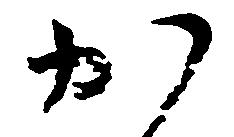
か